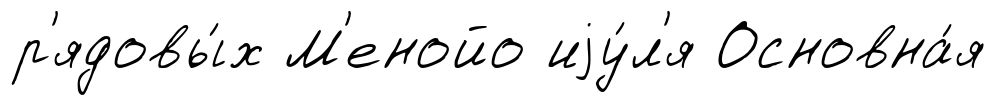
р'ядовы́х М'енойо иjу́л'я Основна́я